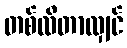
တစ်လီတာလျှင်